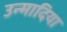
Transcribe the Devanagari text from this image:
उन्मादिया